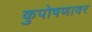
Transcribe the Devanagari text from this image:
कुपोषणावर